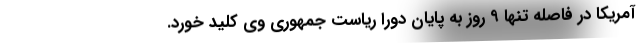
آمریکا در فاصله تنها ۹ روز به پایان دورا ریاست جمهوری وی کلید خورد.